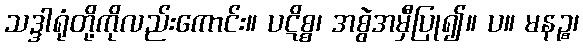
သဒ္ဒါရုံတို့ကိုလည်းကောင်း။ ပဋိစ္စ၊ အစွဲအမှီပြု၍။ ပ။ မနဉ္စ၊